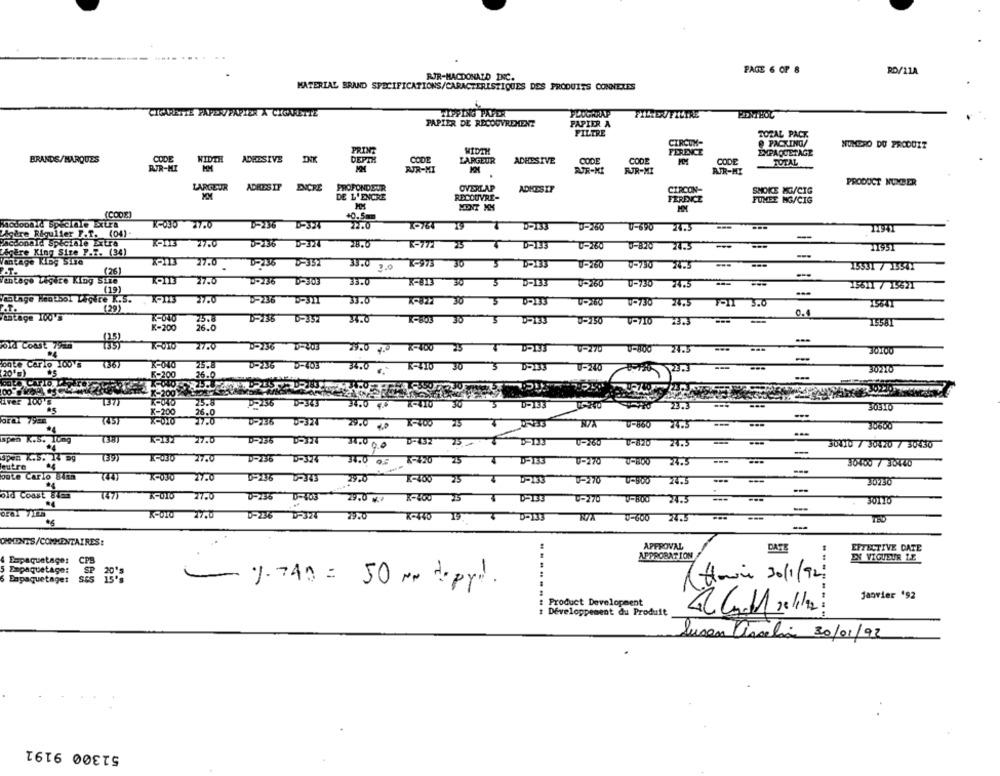
PAGE 6 OF 8
RD/11A
RJR-MACDONALD INC.
MATERIAL BRAND SPECIFICATIONS/CARACTERISTIQUES DES PRODUITS CONNEXES
CIGARETTE PAPERVPAPIER A CIGARETTE
PORTHOL
PAPIER DE RECOUVREMENT
PAPIER A
FILTRE
TOZAL PACK
@ PACKING/
CIRCUM-
NUMERO DU PRODUIT
PRINT
WIDTH
FERENCE
EMPAQUETAGE
BRANDE/MARQUES
CODE
WIDTH
ADEDSIVE
DEPTH
COOP
LARGEUR
ADHESIVE
CODE
CODE
CODE
TOTAL
RUR-MI
MM
RUR-MI
PUR-KI
FJR-MI
AFR-HI
LARGEUR
ADRESTF
ENCRE
PROFONDEUR
OVERLAP
PRODUCT NUMBER
ADKESIF
CIRCON-
SMOKE KG/CTG
DE L'ENCRE
RECOUVRE-
FERENCE
FUMEE MG/CIG
MM
(CODE)
+0.5mm
Mcdonald speciale Extra
22.0
K-764
Agire Rigulier T.T. (04)-
K-030 27.0
20764 19 4 D-133 0-260
D-160
U-690
24.5
11941
-
acdonald speciale Extra
K-13 27.0
0-136 D-324
28.6
-772 25 4 D-133
D-133 0-260
0-820 24.5
U-820
24.3
Z&gere King Size P.T. (34)
Vantage King Size
KO13 27.0 0-236 0-351
D-235 -351
K-973 30
3
D=133
U-750
74.5
(26)
35.0 3.0
15531 7 13531
Vintage Ligere King Size
KON3 27.0
D-236 D-308
33.0
K-813 30
3
D-133
0-260
D-730
24.5
15611 / 15621
(19)
Counge Hentbol LEGire K.S.
K-123 27.0
33.0
K-822
30
V-730
24.5
3.0
15641
(29)
ditage 100'S
75.8
31.0
30
K-200
26.0
0-150
U-710
23.3
15581
oid Coast 79mm
(15)
27.0
D-236 D-203
29.0 4.0 -400 25
T
D-133
U-270
0-800
24.5 ...
-
onte Carlo 100's
7367
K-040
D-236 D-403
K-410
---
(20's)
K-200
34.0
3
U-240
30210
X-2001-
(37)
25.8
D=756 D-343
34.0 4.
8-410 30
D-133
23.3
30316
K-200
26.0
(45)
27.0
0-256 0-324
29.0 0 1-400 25
N/A 0-880 24.5
span K.S. Tung
7381
1-132 27.5
D-32 25
30410 / 30420 7 30430
Spen K.S. 14 mg
(39)
K-030 27.0
outre
D-236 D-324
34.0 OF
9420 25
D-153 0-270 0-1800
24.5
30400 7 30440
oute Carlo 84tm
(44)
K-030
27.0
D-236 0-343
29.0
L-400 25 4 4-233 0-270 0-600
24.3
30230
old Coast 84Cm
(47)
77.0
V-256 0-103
29.0 7 8-200 25 0-133 0-270 0-800
24.5
30110
-
K-010
27.0
D-236 D-377
79:0 K-440 19. 4 0-133
N/A 0-600 24.5
---
CHMENTS/COMMENTAIRES:
APPROVAL
DATE
EFFECTIVE DATE
4 Eapaquetage:
APPROBATION
EN VIGUEUR LE
CPB
---
5 DepaquetAge:
6 Enpaquetages
(Homin 30/1/92
1.740 = 50 mm doppi.
Janvier '92
.....
Product Development
: Développement du Produit
........
Lucan Asselin 30/01/92
51300 9191